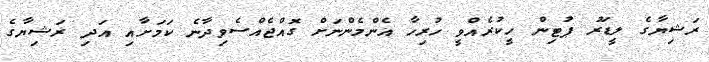
ރަޝިޔާގެ ލީޑަރު ޕުޓިން ހީކުރެއްވީ ހުރިހާ އެންމެންނަށް ގޮއްޖެއްސެވިދާނެ ކަމަށާއި އަދި ރަޝިޔާގެ